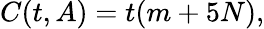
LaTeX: C(t,A)=t(m+5N),